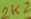
Text: 2K2